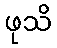
ဖုသိ